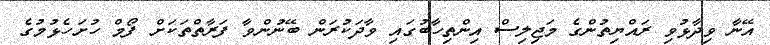
އޭނާ ވިދާޅުވި ރައްޔިތުންގެ މަޖިލިސް އިންތިހާބުގައި ވާދަކުރަން ބޭނުންވާ ފަރާތްތަކަށް ފޯމް ހުށަހެޅުމުގެ